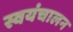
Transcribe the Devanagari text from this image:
स्वयंचालन